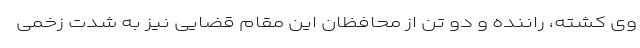
وی کشته، راننده و دو تن از محافظان این مقام قضایی نیز به شدت زخمی